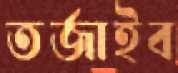
তর্জাইব